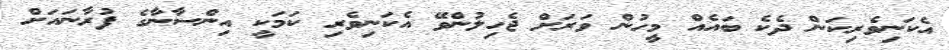
އެކަނިވެރިކަން ދެކެ ބައެއް މީހުން ވަރަށް ޖެހިލުންވޭ އެކަނިވެރި ކަމަކީ އިންސާނާގެ ފުރާނައަށް